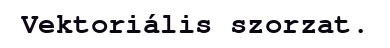
Vektoriális szorzat.